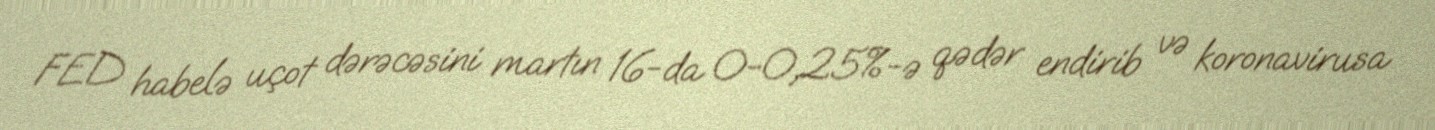
FED habelə uçot dərəcəsini martın 16-da 0-0,25%-ə qədər endirib və koronavirusa